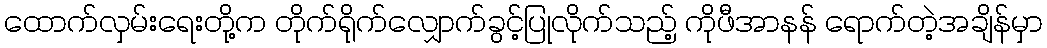
ထောက်လှမ်းရေးတို့က တိုက်ရိုက်လျှောက်ခွင့်ပြုလိုက်သည့် ကိုဖီအာနန် ရောက်တဲ့အချိန်မှာ